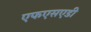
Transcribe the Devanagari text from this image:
एफएसएडी